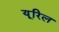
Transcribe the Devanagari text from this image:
यूरिल